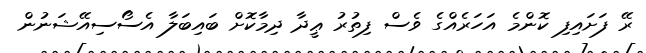
ރޭ ފަށައިފި ކޮންމެ އަހަރެއްގެ ވެސް ފިތުރު ޢީދާ ދިމާކޮށް ބައިބަލާ އެސޯސިއޭޝަނުން